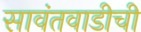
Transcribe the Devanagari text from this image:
सावंतवाडीची